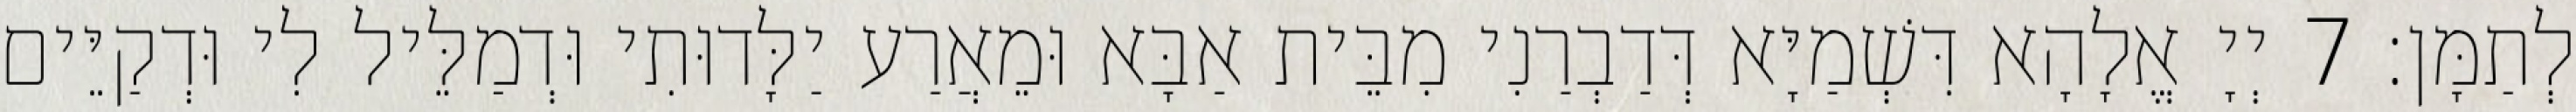
לְתַמָּן׃ 7 יְיָ אֱלָהָא דִּשְׁמַיָּא דְּדַבְרַנִי מִבֵּית אַבָּא וּמֵאֲרַע יַלָּדוּתִי וּדְמַלֵּיל לִי וּדְקַיֵּים